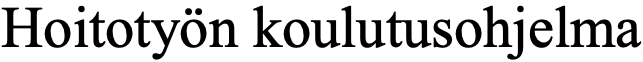
Hoitotyön koulutusohjelma